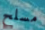
مسلح